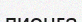
лионға